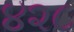
૪૨૮